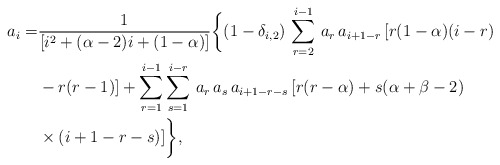
\begin{align*}a_{i}=&\frac{1}{[i^2+(\alpha-2)i+(1-\alpha)]}\bigg\{(1-\delta_{i,2})\,\sum_{r=2}^{i-1}\,a_{r}\,a_{i+1-r}\,[r(1-\alpha)(i-r)\\&-r(r-1)]+\sum_{r=1}^{i-1}\sum_{s=1}^{i-r}\,a_{r}\,a_{s}\,a_{i+1-r-s}\,[r(r-\alpha)+s(\alpha+\beta-2)\\&\times(i+1-r-s)]\bigg\},\end{align*}